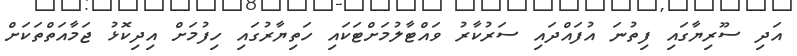
އަދި ސޫރިޔާގައި ފިތުނަ އުފައްދައި ސަރުކާރު ވައްޓާލުމަށްޓަކައި ހަތިޔާރުގައި ހިފުމަށް އިދިކޮޅު ޖަމާއަތްތަކަށް